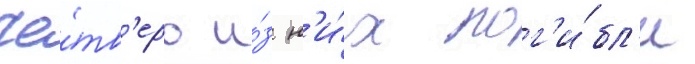
Че́тв'еро и́з н'и́х пог'и́бл'и